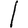
Digit: 1